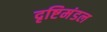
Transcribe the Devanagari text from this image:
दृष्टिमंडल